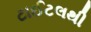
ટાઈટલથી